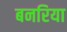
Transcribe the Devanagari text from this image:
बनरिया